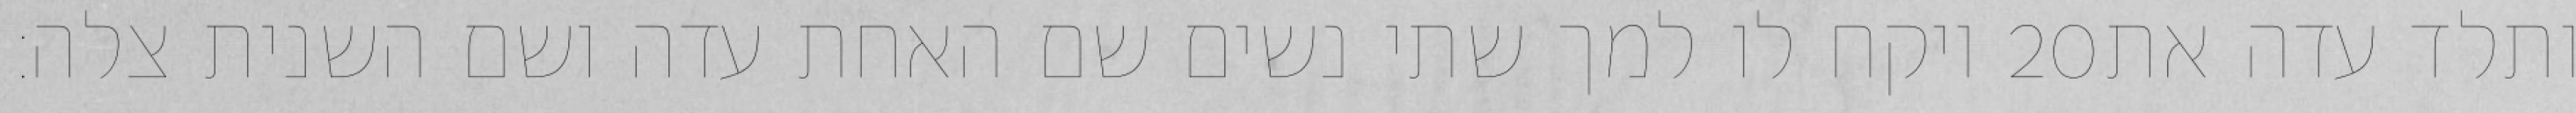
ויקח לו למך שתי נשים שם האחת עדה ושם השנית צלה׃ ‎20‏ ותלד עדה את